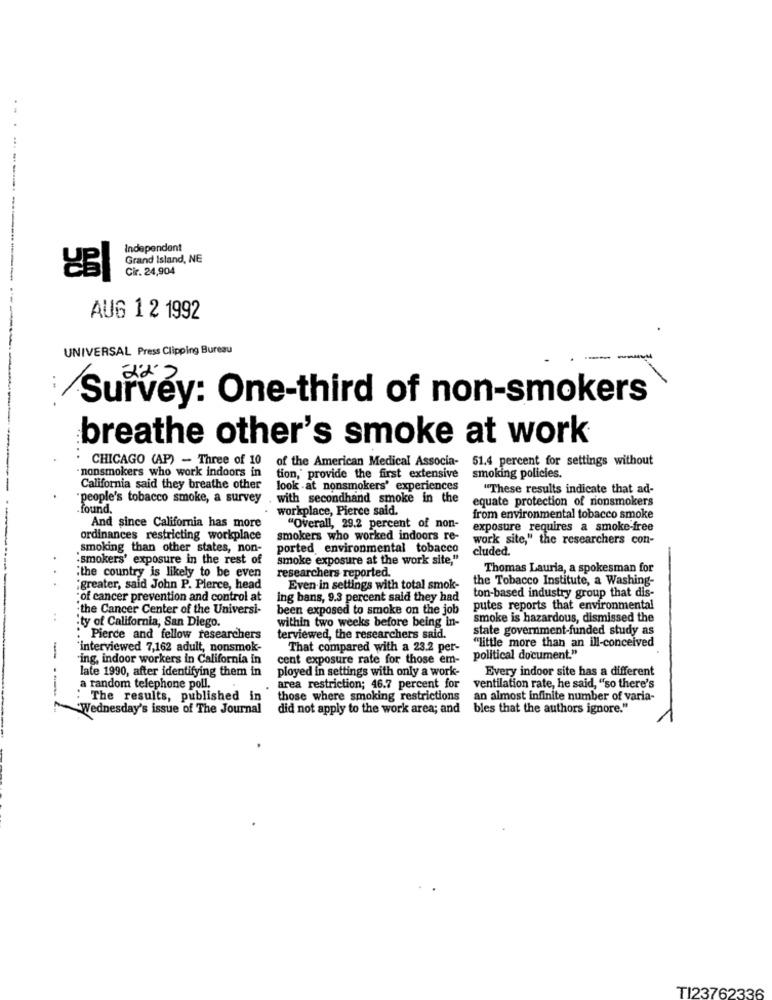
.------
Independent
Grand Island, NE
Cir. 24,904
---
AUG 1 2 1992
UNIVERSAL Press Clipping Bureau
-----
-
Survey: One-third of non-smokers
breathe other's smoke at work
CHICAGO (AP) - Three of 10
51.4 percent for settings without
-nonsmokers who work indoors in
of the American Medical Associa-
tion, provide the first extensive
smoking policies.
California said they breathe other
look .at nonsmokers' experiences
"These results indicate that ad-
"people's tobacco smoke, a survey , with secondhand smoke in the
equate protection of nonsmokers
found.
workplace, Pierce said.
from environmental tobacco smoke
And since California has more
"Overall, 29.2 percent of non-
exposure requires a smoke-free
ordinances restricting workplace
smokers who worked indoors re-
work site," the researchers con-
.smoking than other states, non-
ported, environmental tobacco
cluded.
"smokers' exposure in the rest of
smoke exposure at the work site,"
Thomas Lauria, a spokesman for
.
"the country is likely to be even
researchers reported.
the Tobacco Institute, a Washing-
¿greater, said John P. Pierce, head
Even in settings with total smok-
ton-based industry group that dis-
:of cancer prevention and control at
ing bans, 9.3 percent said they had
the Cancer Center of the Universi-
been exposed to smoke on the job
putes reports that environmental
within two weeks before being in-
smoke is hazardous, dismissed the
'ty of California, San Diego.
state government-funded study as
Pierce and fellow researchers
terviewed, the researchers said.
'interviewed 7,162 adult, nonsmok-
That compared with a 23.2 per-
"little more than an ill-conceived
"ing, indoor workers in California in
cent exposure rate for those em- political document."
late 1990, after identifying them in
ployed in settings with only a work-
Every indoor site has a different
a random telephone poll.
area restriction; 46.7 percent for
ventilation rate, he said, "so there's
The results, published in
those where smoking restrictions
an almost infinite number of varia-
Wednesday's issue of The Journal
did not apply to the work area; and
bles that the authors ignore."
TI23762336